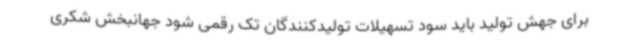
برای جهش تولید باید سود تسهیلات تولیدکنندگان تک رقمی شود جهانبخش شکری